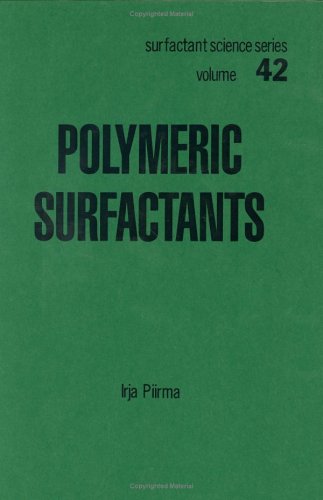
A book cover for Polymeric Surfactants (Surfactant Science); Irja Piirma; Science & Math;